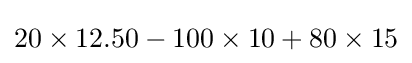
20\times 12.50-100\times 10+80\times 15